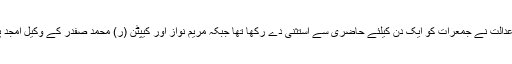
سابق وزیراعظم اور مریم نواز کو عدالت نے جمعرات کو ایک دن کیلئے حاضری سے استثنیٰ دے رکھا تھا جبکہ مریم نواز اور کیپٹن (ر) محمد صفدر کے وکیل امجد پرویز ایڈووکیٹ بھی پیش نہ ہوئے۔